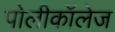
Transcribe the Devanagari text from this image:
पोलीकॉलेज